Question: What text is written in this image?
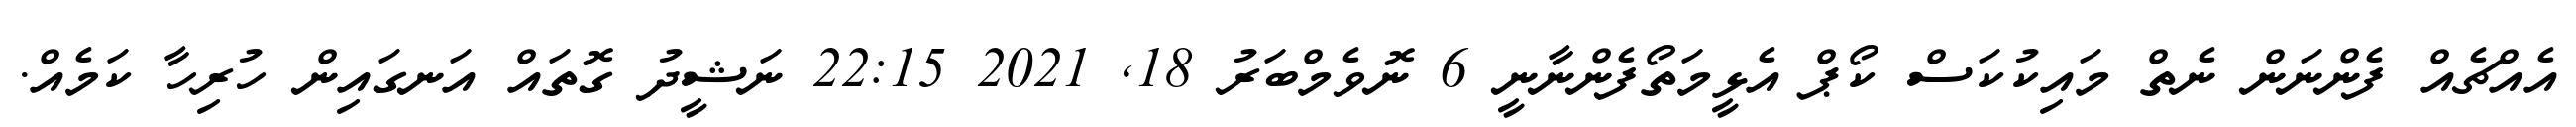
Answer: އެއްޗެއް ފެންނަން ނެތް މައިކުކަސް ކޯޕް އެޅީމަތޯފެންނާނީ 6 ނޮވެމްބަރު 18, 2021 22:15 ނަޝީދު ގޮތައް އަނގައިން ހުރިހާ ކަމެއް.